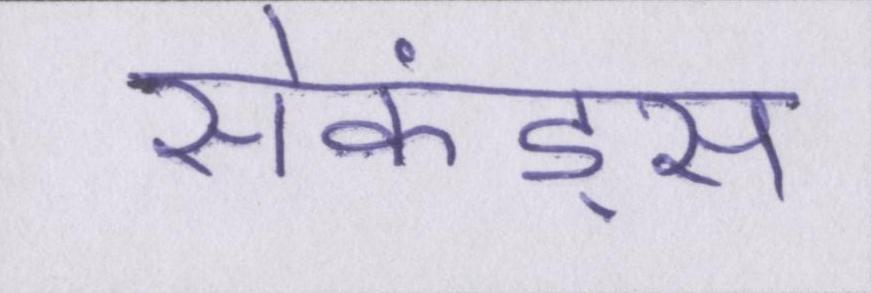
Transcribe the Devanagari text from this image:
सेकंड्स